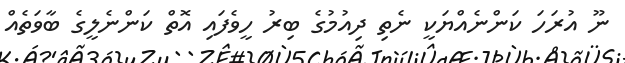
ނޫ އުރަހަ ކަންނެއްޔަކީ ނެތި ދިއުމުގެ ބިރު ހީވެފައި އޮތް ކަންނެލީގެ ބާވަތެއް